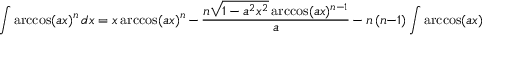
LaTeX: \int \operatorname { a r c c o s } ( a x ) ^ { n } \, d x = x \operatorname { a r c c o s } ( a x ) ^ { n } \, - \, { \frac { n { \sqrt { 1 - a ^ { 2 } x ^ { 2 } } } \operatorname { a r c c o s } ( a x ) ^ { n - 1 } } { a } } \, - \, n \, ( n - 1 ) \int \operatorname { a r c c o s } ( a x ) ^ { n - 2 } \, d x